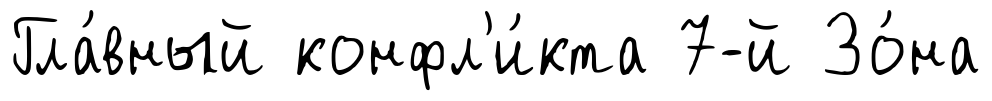
Гла́вный конфл'и́кта 7-й Зо́на